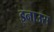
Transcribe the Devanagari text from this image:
इनाउस